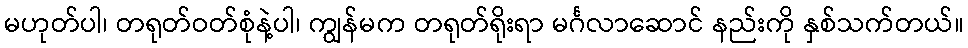
မဟုတ်ပါ၊ တရုတ်ဝတ်စုံနဲ့ပါ၊ ကျွန်မက တရုတ်ရိုးရာ မင်္ဂလာဆောင် နည်းကို နှစ်သက်တယ်။